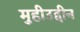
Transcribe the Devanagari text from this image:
मुहीउद्दीन